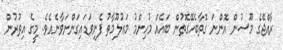
ރާއްޖޭގެ މޫސުން އޮންނަ ގޮތާބެހޭގޮތުން ބައެއް މުހިންމު މަޢުލޫމާތު ފެނިވަޑައިގަންނަވާނެއެވެ. މީގެ އިތުރުން